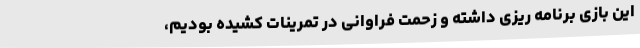
این بازی برنامه ریزی داشته و زحمت فراوانی در تمرینات کشیده بودیم،